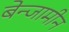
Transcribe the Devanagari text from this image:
बेन्जामीन